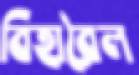
বিহারৈল